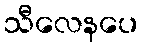
သီလေနပေ